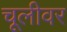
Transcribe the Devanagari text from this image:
चूलीवर